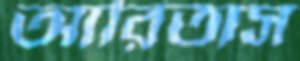
আরিতাস